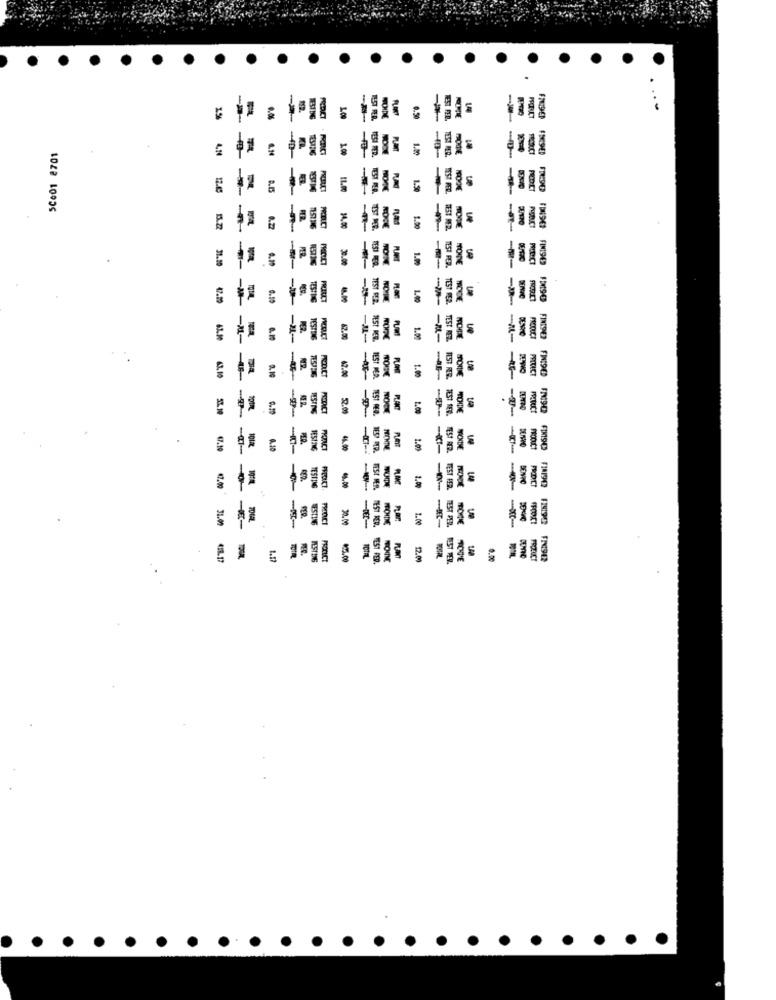
0.50
--
MEST FEL.
1.00
1.00
12.65
-
11.00
TEST REP.
1.50
-
DE9G
1.00
3
31.20
4.10
--
1.00
TEST PED.
-
0.19
-
TEST FER.
--
---
-2-
---
TEST MED.
1.50
-A-
TEST REZ.
-M-
FINISHED
63.10
--
BEST MER.
1.00
1.
-9-
---
MECHDE
---
TEST MED.
97.19
101AL
4.0
MOICHTHE
1.0
-KI-
FIM190
10TA
1.0
SONIC
PER.
FROIDE
1.00
--
31.09
---
--
418.17
PROTIC
45.00
TEST FED.
12.00
0.00
PROZUC
FN942